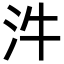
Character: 汼